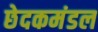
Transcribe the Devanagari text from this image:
छेदकमंडल